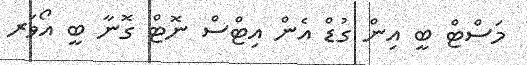
މަސްޓް ބީ އިން ގުޑް އެން އިޓްސް ނޮޓް ގޮނާ ބީ އޯވަރ